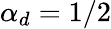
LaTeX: \alpha_{d}=1/2